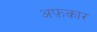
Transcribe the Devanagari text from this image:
अफ़कार